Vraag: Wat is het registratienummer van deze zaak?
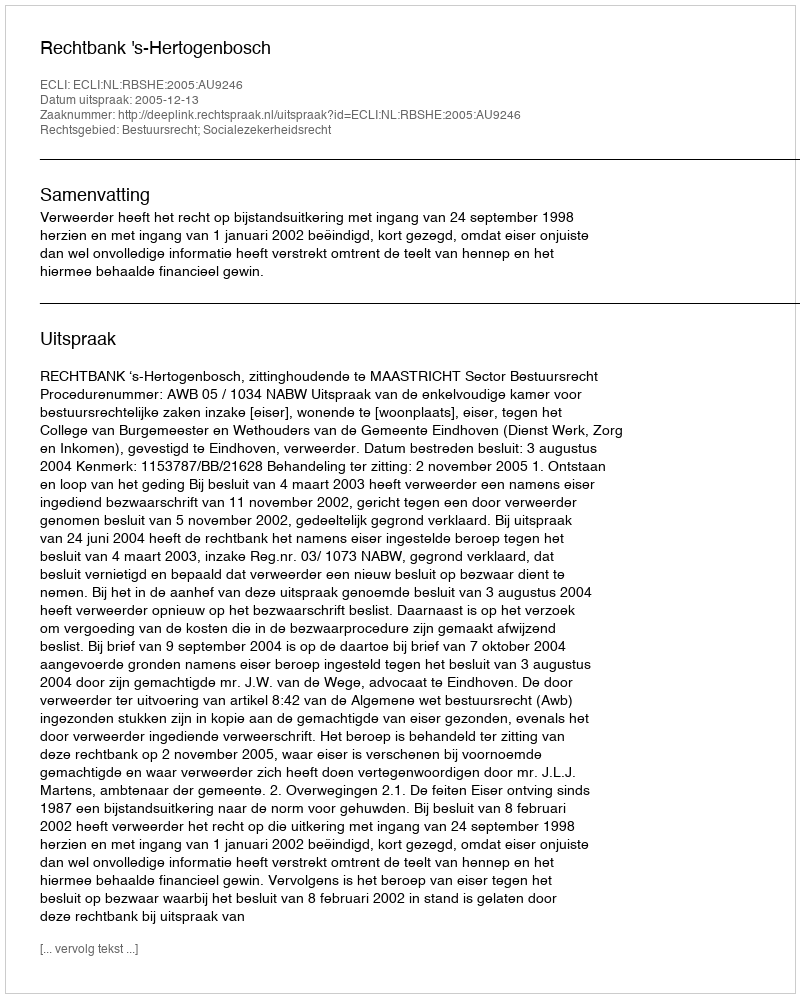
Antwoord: http://deeplink.rechtspraak.nl/uitspraak?id=ECLI:NL:RBSHE:2005:AU9246